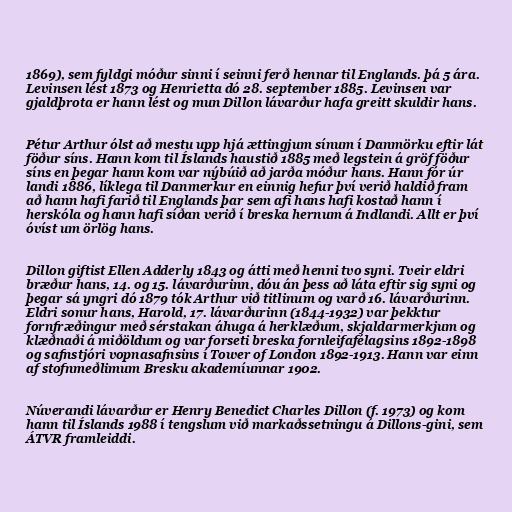
1869), sem fyldgi móður sinni í seinni ferð hennar til Englands. þá 5 ára.
Levinsen lést 1873 og Henrietta dó 28. september 1885. Levinsen var
gjaldþrota er hann lést og mun Dillon lávarður hafa greitt skuldir hans.

Pétur Arthur ólst að mestu upp hjá ættingjum sínum í Danmörku eftir lát
föður síns. Hann kom til Íslands haustið 1885 með legstein á gröf föður
síns en þegar hann kom var nýbúið að jarða móður hans. Hann fór úr
landi 1886, líklega til Danmerkur en einnig hefur því verið haldið fram
að hann hafi farið til Englands þar sem afi hans hafi kostað hann í
herskóla og hann hafi síðan verið í breska hernum á Indlandi. Allt er því
óvíst um örlög hans.

Dillon giftist Ellen Adderly 1843 og átti með henni tvo syni. Tveir eldri
bræður hans, 14. og 15. lávarðurinn, dóu án þess að láta eftir sig syni og
þegar sá yngri dó 1879 tók Arthur við titlinum og varð 16. lávarðurinn.
Eldri sonur hans, Harold, 17. lávarðurinn (1844-1932) var þekktur
fornfræðingur með sérstakan áhuga á herklæðum, skjaldarmerkjum og
klæðnaði á miðöldum og var forseti breska fornleifafélagsins 1892-1898
og safnstjóri vopnasafnsins í Tower of London 1892-1913. Hann var einn
af stofnmeðlimum Bresku akademíunnar 1902.

Núverandi lávarður er Henry Benedict Charles Dillon (f. 1973) og kom
hann til Íslands 1988 í tengslum við markaðssetningu á Dillons-gini, sem
ÁTVR framleiddi.